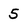
Character: 5